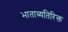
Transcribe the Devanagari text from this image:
भाताव्यतिरिक्त